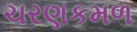
ચરણકમળ